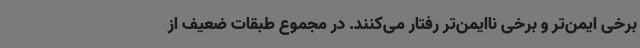
برخی ایمن‌تر و برخی ناایمن‌تر رفتار می‌کنند. در مجموع طبقات ضعیف از